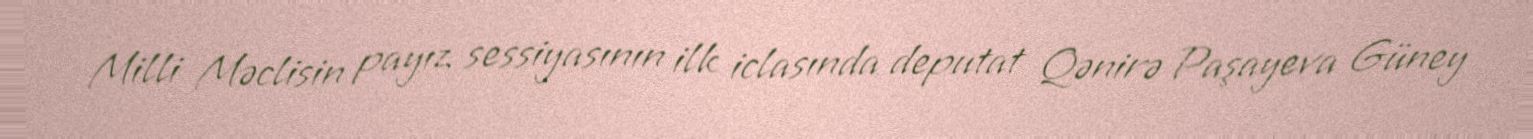
Milli Məclisin payız sessiyasının ilk iclasında deputat Qənirə Paşayeva Güney